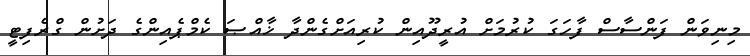
މިނިވަން ފަންސާސް ފާހަގަ ކުރުމަށް އުރީދޫއިން ކުރިއަށްގެންދާ ޚާއްޞަ ކެމްޕެއިންގެ ދަށުން ގްރެފިޓީ